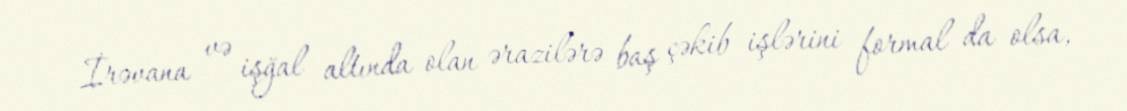
İrəvana və işğal altında olan ərazilərə baş çəkib işlərini formal da olsa,